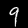
Label: 9